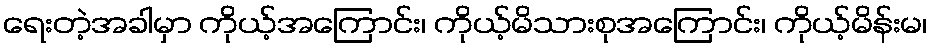
ရေးတဲ့အခါမှာ ကိုယ့်အကြောင်း၊ ကိုယ့်မိသားစုအကြောင်း၊ ကိုယ့်မိန်းမ၊